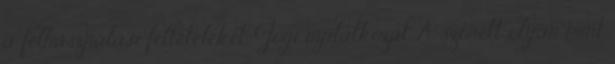
a felhasználási feltételeket. Jogi nyilatkozat A szonett olyan mint